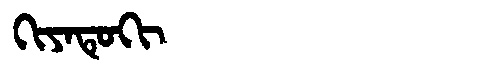
Manchu: ᡴᡳᠶᠠᡨᡠᡴᡳ
Romanization: KIYATUKI